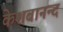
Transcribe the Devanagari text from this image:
केशबानन्द